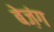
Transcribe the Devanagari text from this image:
बेज़ंग